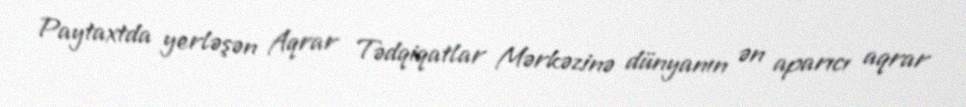
Paytaxtda yerləşən Aqrar Tədqiqatlar Mərkəzinə dünyanın ən aparıcı aqrar